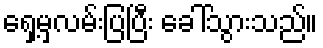
ရှေ့မှလမ်းပြပြီး ခေါ်သွားသည်။